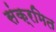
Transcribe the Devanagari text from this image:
संक्रमित